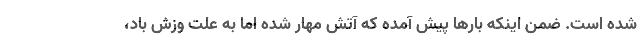
شده است. ضمن اینکه بارها پیش آمده که آتش مهار شده اما به علت وزش باد،